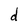
Character: d